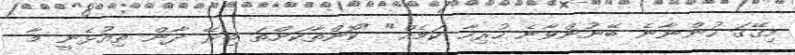
މިގޭގަ ހުންނާނެ ބޭނުންވާނެ ހުރިހާ ކަމެއް" "ކޮންތާކަށްތަ މިރޭ ދާން ތިއުޅެނީ މާ